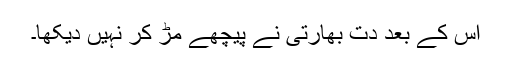
اس کے بعد دت بھارتی نے پیچھے مڑ کر نہیں دیکھا۔